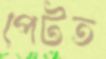
পেটত